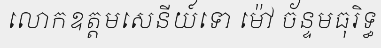
លោកឧត្តមសេនីយ៍ទោ ម៉ៅ ច័ន្ទមធុរិទ្ធ